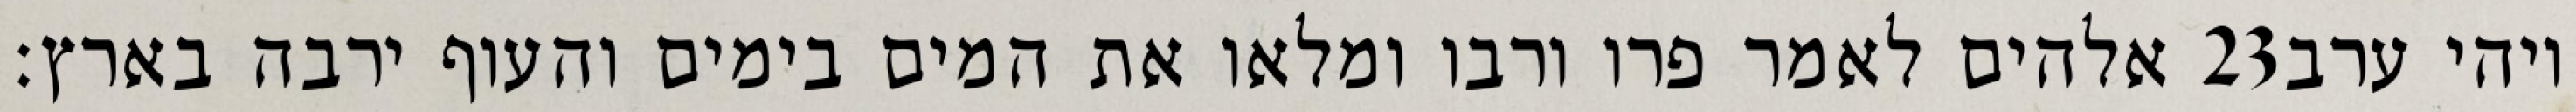
אלהים לאמר פרו ורבו ומלאו את המים בימים והעוף ירבה בארץ׃ ‎23‏ ויהי ערב